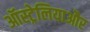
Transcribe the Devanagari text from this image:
ऑस्ट्रेलियाऔर